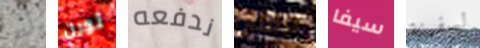
أيها ثورن ندفعه تيلمان سيفا لسفينة